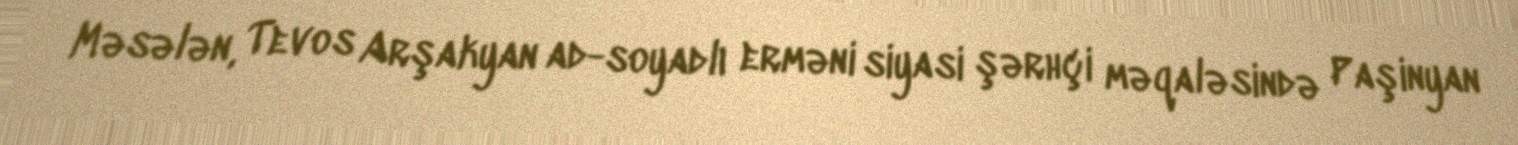
Məsələn, Tevos Arşakyan ad-soyadlı erməni siyasi şərhçi məqaləsində Paşinyan